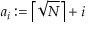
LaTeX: a _ { i } : = \left\lceil { \sqrt { N } } \right\rceil + i